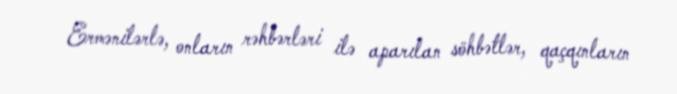
Ermənilərlə, onların rəhbərləri ilə aparılan söhbətlər, qaçqınların